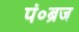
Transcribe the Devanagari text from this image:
पं०ब्रज